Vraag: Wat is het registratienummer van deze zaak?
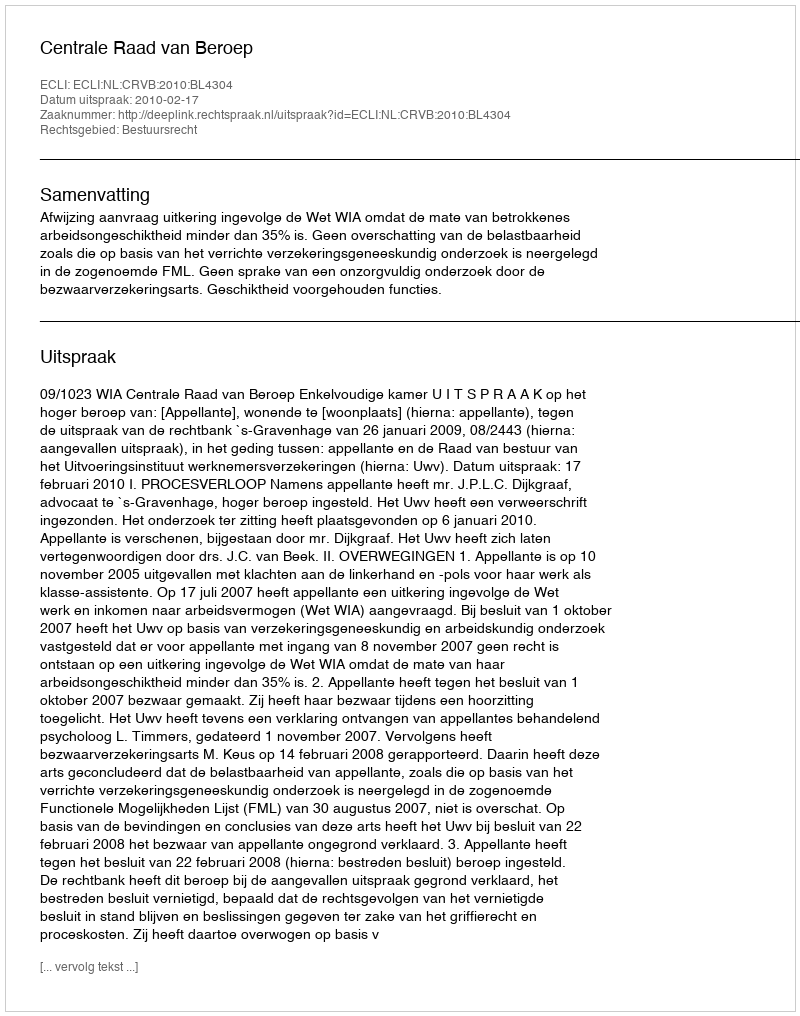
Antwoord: http://deeplink.rechtspraak.nl/uitspraak?id=ECLI:NL:CRVB:2010:BL4304